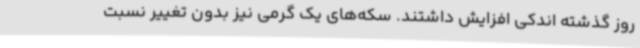
روز گذشته اندکی افزایش داشتند. سکه‌های یک گرمی نیز بدون تغییر نسبت